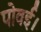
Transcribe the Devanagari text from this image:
पोवई।